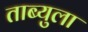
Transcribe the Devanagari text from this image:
ताब्युला